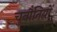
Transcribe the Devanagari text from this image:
चुनौंतियों